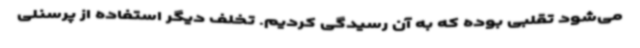
می‌شود تقلبی بوده که به آن رسیدگی کردیم. تخلف دیگر استفاده از پرسنلی